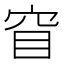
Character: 窅